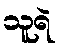
သူရဲ